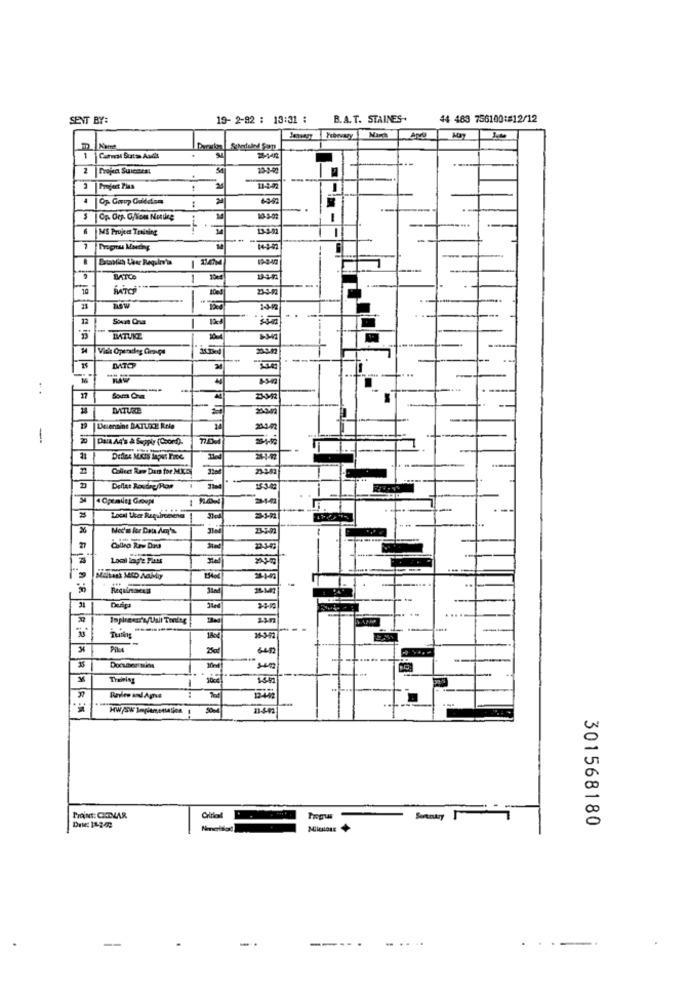
SENT BY:
19- 2-92 : 13:31 :
B.A.T. STAINES+
44 483 756100:#12/12
Frbovary
2
10-1-01
6-9-42
6
MS Project Training
-
BATCE
1
10
now
22
DATO
17
23-3452
18
19 Deensins BATUXE Role
--
20
Data A4's & Seppir (CoonD)-
21
22
Collect Rem Dans the MKE
23-2.82
2
Deflat Roudag/Por
.
1534
26
27
sin
Turns
18od]
Pika
1542
Brin edAps
Prins: CIDVAR
301568180
...
. .